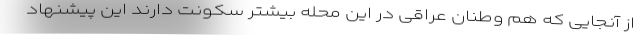
از آنجایی که هم وطنان عراقی در این محله بیشتر سکونت دارند این پیشنهاد